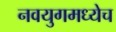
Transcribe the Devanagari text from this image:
नवयुगमध्येच